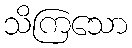
သိကြသော